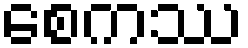
စေကဿ